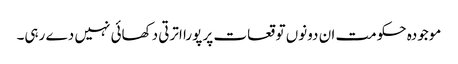
موجودہ حکومت ان دونوں توقعات پر پورا اترتی دکھائی نہیں دے رہی۔